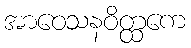
အာဝေသနဝိတ္ထကေ